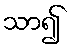
သာ၍